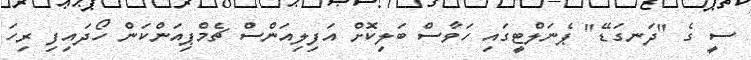
ސީ ގެ "ދަނގަޑޭ" ޕެނަލްޓީގައި ހަވާސް ބަލިކޮށް އަފިލިއަންސް ޗެމްޕިއަންކަން ހޯދައިފި ރިހަ